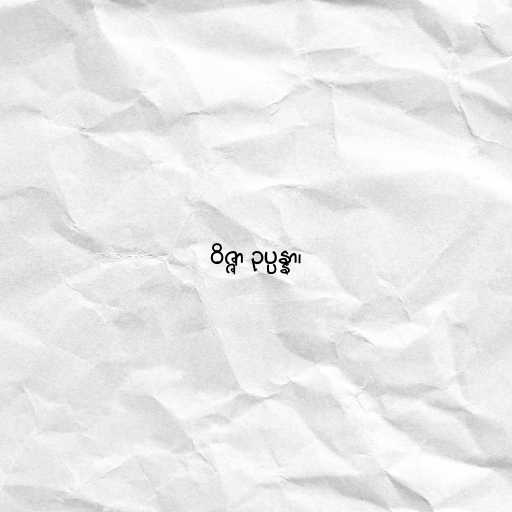
ဝိဇ္ဇာ ဥပ္ပန္နာ၊